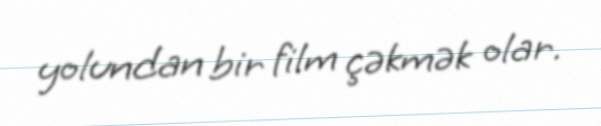
yolundan bir film çəkmək olar.